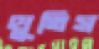
থুতিস